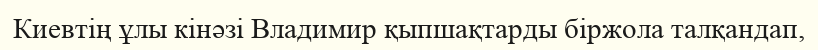
Киевтің ұлы кінәзі Владимир қыпшақтарды біржола талқандап,